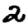
Digit: 2